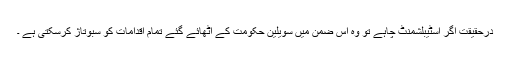
درحقیقت اگر اسٹیبلشمنٹ چاہے تو وہ اس ضمن میں سویلین حکومت کے اٹھائے گئے تمام اقدامات کو سبوتاژ کرسکتی ہے ۔